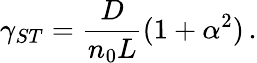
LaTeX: \gamma_{ST}=\frac{D}{n_{0}L}(1+\alpha^{2})\, .